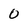
Character: 0